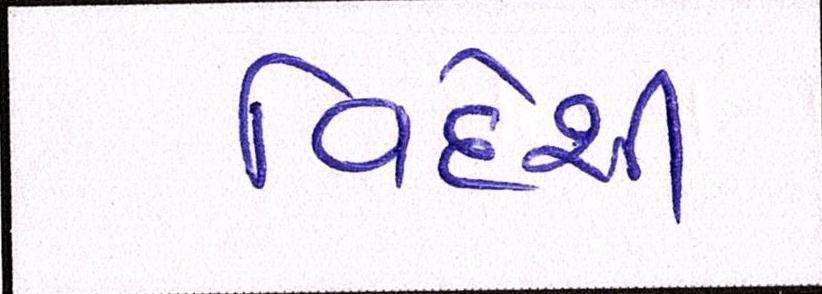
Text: વિદેશી